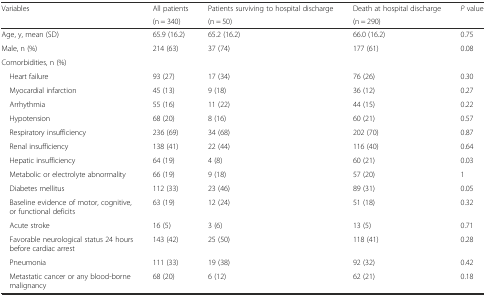
<table><thead><tr><td rowspan="2"><b>Variables</b></td><td><b>All patients</b></td><td><b>Patients surviving to hospital discharge</b></td><td><b>Death at hospital discharge</b></td><td rowspan="2"><b><i>P</i> value</b></td></tr><tr><td><b>(n = 340)</b></td><td><b>(n = 50)</b></td><td><b>(n = 290)</b></td></tr></thead><tbody><tr><td>Age, y, mean (SD)</td><td>65.9 (16.2)</td><td>65.2 (16.2)</td><td>66.0 (16.2)</td><td>0.75</td></tr><tr><td>Male, n (%)</td><td>214 (63)</td><td>37 (74)</td><td>177 (61)</td><td>0.08</td></tr><tr><td>Comorbidities, n (%)</td><td></td><td></td><td></td><td></td></tr><tr><td> Heart failure</td><td>93 (27)</td><td>17 (34)</td><td>76 (26)</td><td>0.30</td></tr><tr><td> Myocardial infarction</td><td>45 (13)</td><td>9 (18)</td><td>36 (12)</td><td>0.27</td></tr><tr><td> Arrhythmia</td><td>55 (16)</td><td>11 (22)</td><td>44 (15)</td><td>0.22</td></tr><tr><td> Hypotension</td><td>68 (20)</td><td>8 (16)</td><td>60 (21)</td><td>0.57</td></tr><tr><td> Respiratory insufficiency</td><td>236 (69)</td><td>34 (68)</td><td>202 (70)</td><td>0.87</td></tr><tr><td> Renal insufficiency</td><td>138 (41)</td><td>22 (44)</td><td>116 (40)</td><td>0.64</td></tr><tr><td> Hepatic insufficiency</td><td>64 (19)</td><td>4 (8)</td><td>60 (21)</td><td>0.03</td></tr><tr><td> Metabolic or electrolyte abnormality</td><td>66 (19)</td><td>9 (18)</td><td>57 (20)</td><td>1</td></tr><tr><td> Diabetes mellitus</td><td>112 (33)</td><td>23 (46)</td><td>89 (31)</td><td>0.05</td></tr><tr><td> Baseline evidence of motor, cognitive, or functional deficits</td><td>63 (19)</td><td>12 (24)</td><td>51 (18)</td><td>0.32</td></tr><tr><td> Acute stroke</td><td>16 (5)</td><td>3 (6)</td><td>13 (5)</td><td>0.71</td></tr><tr><td> Favorable neurological status 24 hours before cardiac arrest</td><td>143 (42)</td><td>25 (50)</td><td>118 (41)</td><td>0.28</td></tr><tr><td> Pneumonia</td><td>111 (33)</td><td>19 (38)</td><td>92 (32)</td><td>0.42</td></tr><tr><td> Metastatic cancer or any blood-borne malignancy</td><td>68 (20)</td><td>6 (12)</td><td>62 (21)</td><td>0.18</td></tr></tbody></table>